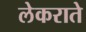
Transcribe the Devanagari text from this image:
लेकराते